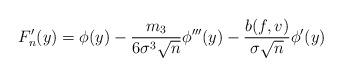
LaTeX: \begin{align*}F_n'(y) = \phi(y) - \frac{ m_3 }{ 6 \sigma^3 \sqrt{n}} \phi'''(y) - \frac{ b(f, v) }{ \sigma \sqrt{n} } \phi'(y)\end{align*}